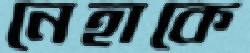
নেহাকে